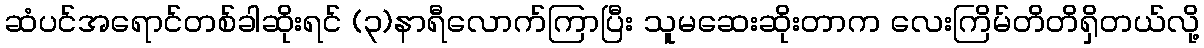
ဆံပင်အရောင်တစ်ခါဆိုးရင် (၃)နာရီလောက်ကြာပြီး သူမဆေးဆိုးတာက လေးကြိမ်တိတိရှိတယ်လို့